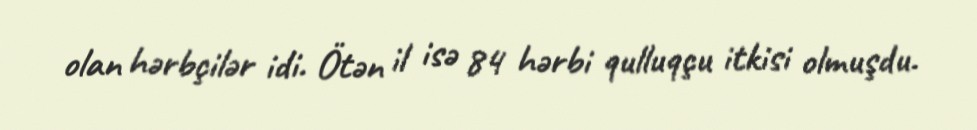
olan hərbçilər idi. Ötən il isə 84 hərbi qulluqçu itkisi olmuşdu.